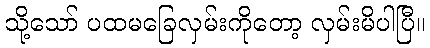
သို့သော် ပထမခြေလှမ်းကိုတော့ လှမ်းမိပါပြီ။